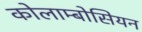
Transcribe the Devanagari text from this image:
कोलाम्बोसियन